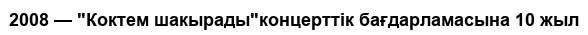
2008 — "Коктем шакырады"концерттік бағдарламасына 10 жыл